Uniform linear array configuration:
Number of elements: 32
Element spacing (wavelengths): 0.75
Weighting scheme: blackman
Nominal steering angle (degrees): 45
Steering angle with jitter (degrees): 43.353
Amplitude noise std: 0.05
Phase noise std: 0.05

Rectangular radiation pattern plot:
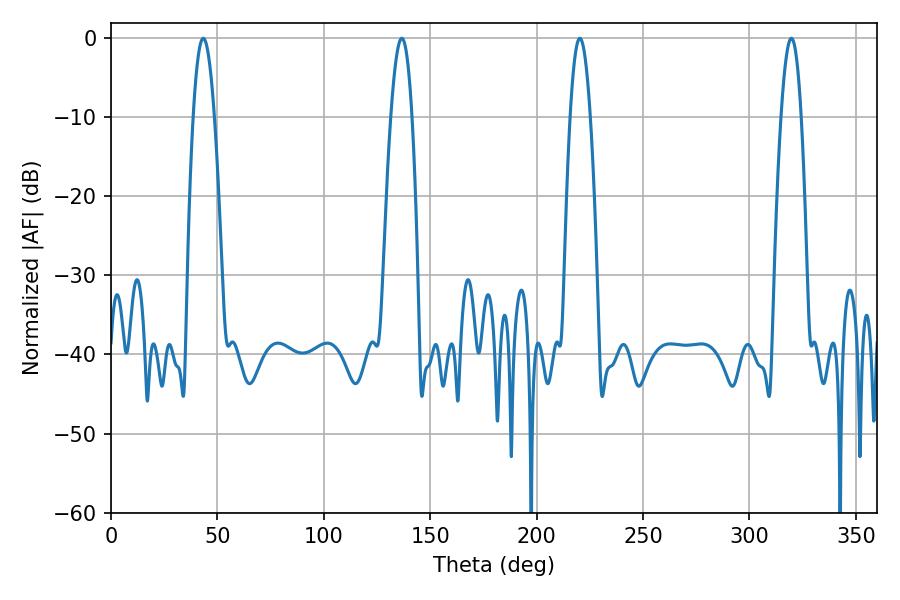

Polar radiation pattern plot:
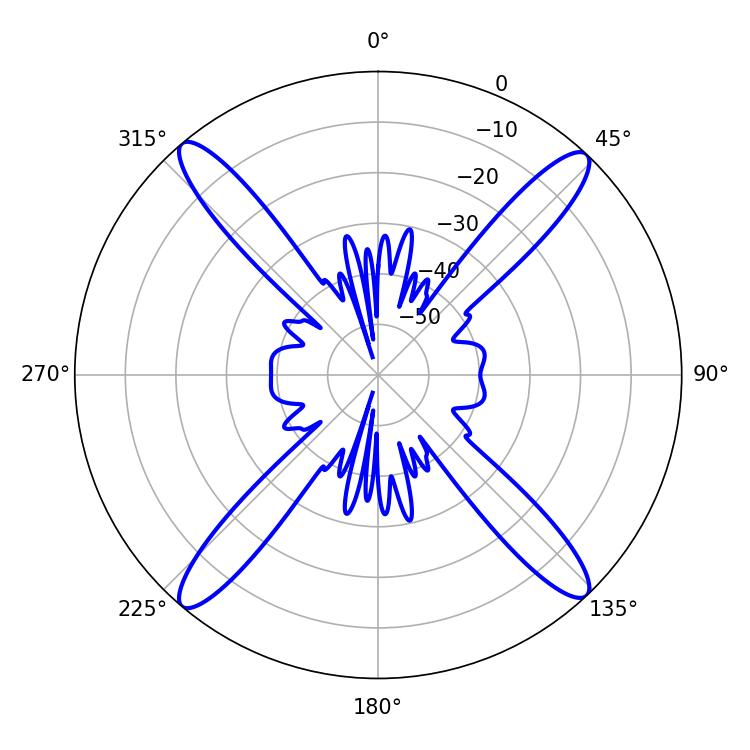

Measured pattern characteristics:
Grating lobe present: TRUE
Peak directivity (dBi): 21.356
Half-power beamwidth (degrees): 5.22
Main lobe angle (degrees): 220.32